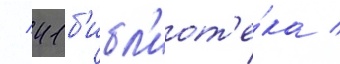
/ 41 б'ибл'иот'е́ка /